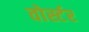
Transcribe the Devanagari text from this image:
वोर्स्टर